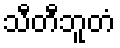
သီတီဘူတံ